Document type: Sale
Year: 1355
Scribe: Pere Borrell
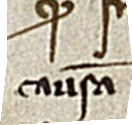
causam